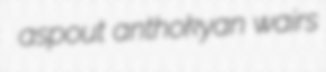
aspout anthokyan wairs